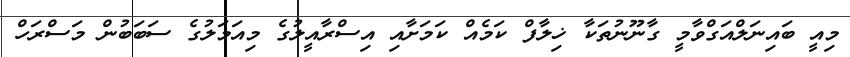
މިއީ ބައިނަލްއަގްވާމީ ގާނޫނުތަކާ ޚިލާފް ކަމެއް ކަމަށާއި އިސްރާއީލުގެ މިއަމަލުގެ ސަބަބުން މަސްރަހް